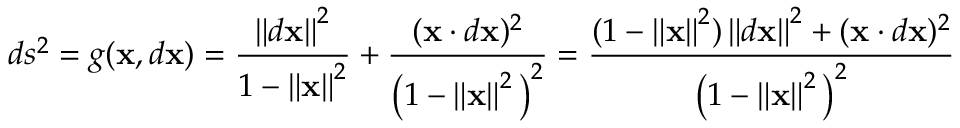
d s ^ { 2 } = g ( \mathbf { x } , d \mathbf { x } ) = { \frac { \left\| d \mathbf { x } \right\| ^ { 2 } } { 1 - \left\| \mathbf { x } \right\| ^ { 2 } } } + { \frac { ( \mathbf { x } \cdot d \mathbf { x } ) ^ { 2 } } { { \bigl ( } 1 - \left\| \mathbf { x } \right\| ^ { 2 } { \bigr ) } ^ { 2 } } } = { \frac { ( 1 - \left\| \mathbf { x } \right\| ^ { 2 } ) \left\| d \mathbf { x } \right\| ^ { 2 } + ( \mathbf { x } \cdot d \mathbf { x } ) ^ { 2 } } { { \bigl ( } 1 - \left\| \mathbf { x } \right\| ^ { 2 } { \bigr ) } ^ { 2 } } }